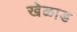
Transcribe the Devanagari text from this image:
खेळाड